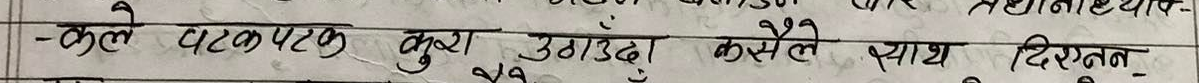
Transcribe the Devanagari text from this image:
-कुले पटकपटक कुरा उठाउँदा कसैले साथ दिएन-